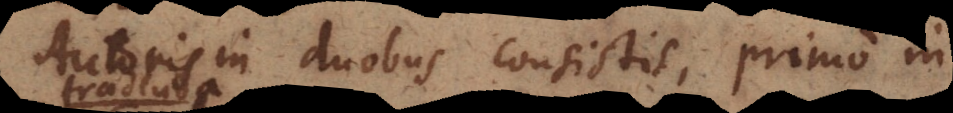
Autoris in duobus consistit, primo in